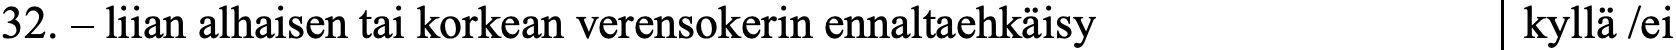
32. – liian alhaisen tai korkean verensokerin ennaltaehkäisy kyllä /ei